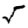
Digit: 5